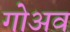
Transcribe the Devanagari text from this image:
गोअव